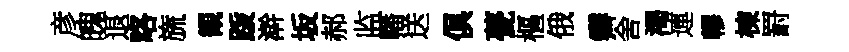
彦魄退咯旒観䟦澣坂郝监幡送俱甍樞俄霽舍渴連轇棟罸